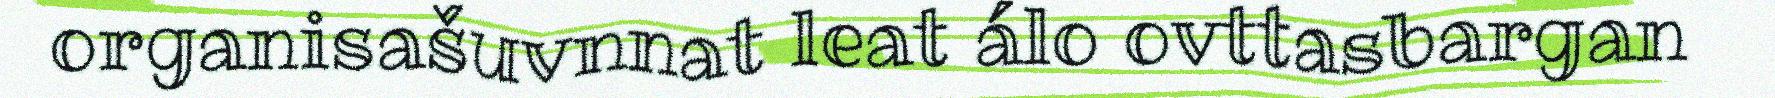
organisašuvnnat leat álo ovttasbargan